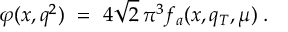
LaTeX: \varphi ( x , q ^ { 2 } ) \ = \ 4 \sqrt 2 \, \pi ^ { 3 } f _ { a } ( x , q _ { T } , \mu ) \; .